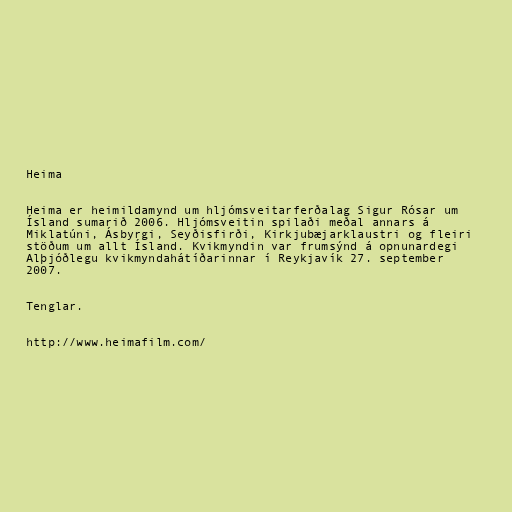
Heima

Heima er heimildamynd um hljómsveitarferðalag Sigur Rósar um
Ísland sumarið 2006. Hljómsveitin spilaði meðal annars á
Miklatúni, Ásbyrgi, Seyðisfirði, Kirkjubæjarklaustri og fleiri
stöðum um allt Ísland. Kvikmyndin var frumsýnd á opnunardegi
Alþjóðlegu kvikmyndahátíðarinnar í Reykjavík 27. september
2007.

Tenglar.

http://www.heimafilm.com/